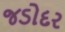
જડોદર